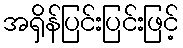
အရှိန်ပြင်းပြင်းဖြင့်